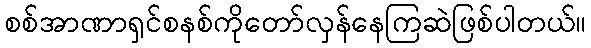
စစ်အာဏာရှင်စနစ်ကိုတော်လှန်နေကြဆဲဖြစ်ပါတယ်။